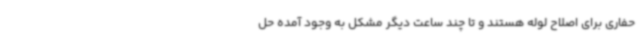
حفاری برای اصلاح لوله هستند و تا چند ساعت دیگر مشکل به وجود آمده حل